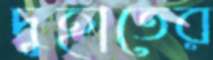
দুহাতের